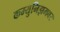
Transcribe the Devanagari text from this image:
कम्युनिझमवर